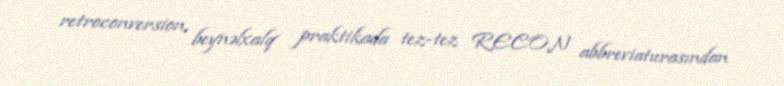
retroconversion, beynəlxalq praktikada tez-tez RECON abbreviaturasından